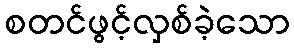
စတင်ဖွင့်လှစ်ခဲ့သော